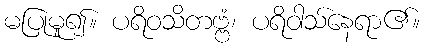
မပြုမူ၍။ ပရိဝသိတဗ္ဗံ၊ ပရိဝါသ်နေရာ၏။